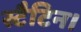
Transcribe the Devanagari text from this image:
स्टैटिन।